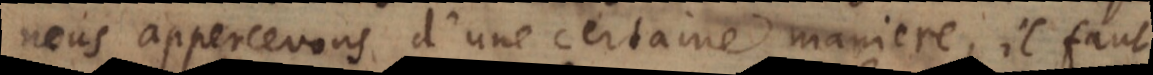
nous appercevons d’une certaine maniere, il faut